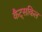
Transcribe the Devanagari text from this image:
कैट्सकिल